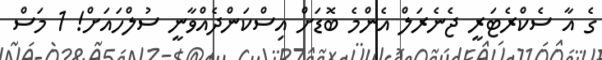
ގެ އާ ސެކްރެޓަރީ ޖެނެރަލް އެންމެ ބޮޑަށް އިސްކަންދެއްވާނީ ސުލްހައަށް! 1 މަސް